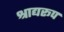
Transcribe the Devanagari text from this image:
श्राद्यरूप